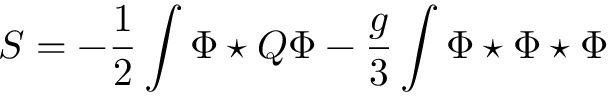
S = - \frac { 1 } { 2 } \int \Phi \star Q \Phi - \frac { g } { 3 } \int \Phi \star \Phi \star \Phi